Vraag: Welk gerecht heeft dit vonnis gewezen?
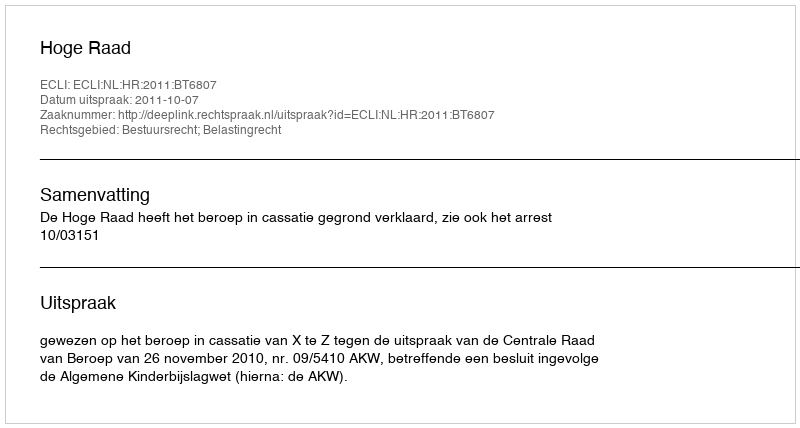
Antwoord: Hoge Raad